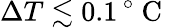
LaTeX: \Delta T\lesssim 0.1\, ^{\circ}\mathrm{~C~}